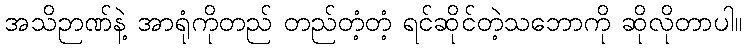
အသိဉာဏ်နဲ့ အာရုံကိုတည် တည်တံ့တံ့ ရင်ဆိုင်တဲ့သဘောကို ဆိုလိုတာပါ။